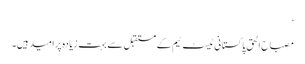
‘
مصباح الحق پاکستانی ٹیسٹ ٹیم کے مستقبل سے بہت زیادہ پرامید ہیں۔